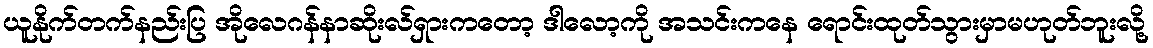
ယူနိုက်တက်နည်းပြ အိုလေဂန်နာဆိုးလ်ရှားကတော့ ဒါလော့ကို အသင်းကနေ ရောင်းထုတ်သွားမှာမဟုတ်ဘူးလို့